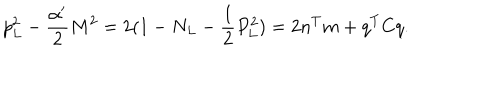
p _ { L } ^ { 2 } - \frac { \alpha ^ { \prime } } { 2 } M ^ { 2 } = 2 ( 1 - N _ { L } - \frac { 1 } { 2 } P _ { L } ^ { 2 } ) = 2 n ^ { T } m + q ^ { T } C q .